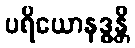
ပရိယောနဒ္ဓန္တိ